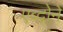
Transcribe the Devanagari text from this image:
एब्दोने